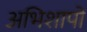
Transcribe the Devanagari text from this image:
अभिशापों